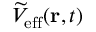
\widetilde { V } _ { \mathrm { e f f } } ( \mathbf { r } , t )